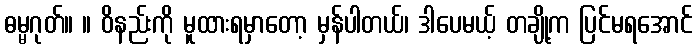
ဓမ္မဂုတ်။ ။ ဝိနည်းကို မူထားရမှာတော့ မှန်ပါတယ်၊ ဒါပေမယ့် တချို့က ပြင်မရအောင်